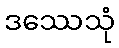
ဒဿေသုံ